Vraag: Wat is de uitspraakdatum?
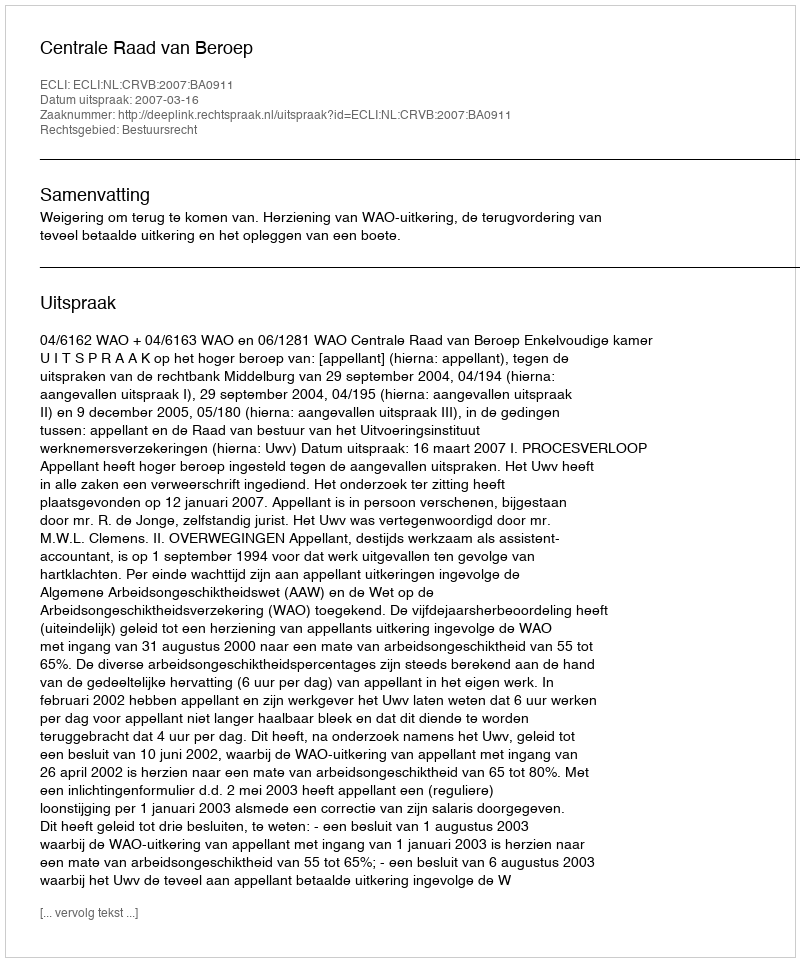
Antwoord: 2007-03-16